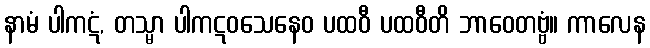
နာမံ ပါကဋံ, တသ္မာ ပါကဋဝသေနေဝ ပထဝီ ပထဝီတိ ဘာဝေတဗ္ဗံ။ ကာလေန